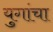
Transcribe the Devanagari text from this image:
युगांचा